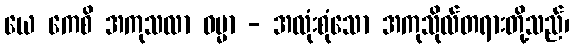
ယေ ကေစိ အကုသလာ ဓမ္မာ - အလုံးစုံသော အကုသိုလ်တရားတို့သည်၊